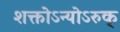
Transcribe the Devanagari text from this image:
शक्तोऽन्योऽरुक्